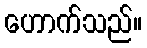
ဟောက်သည်။